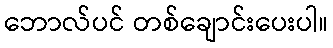
ဘောလ်ပင် တစ်ချောင်းပေးပါ။